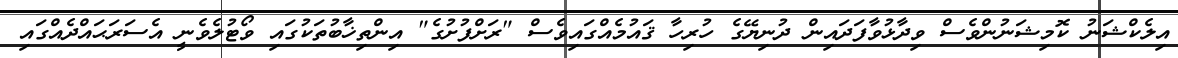
އިލެކްޝަނު ކޮމިޝަނުންވެސް ވިދާޅުވާފަދައިން ދުނިޔޭގެ ހުރިހާ ޤައުމެއްގައިވެސް "ރަށްފުށުގެ" އިންތިޚާބުތަކުގައި ވޯޓުލެވެނީ އެސަރަޙައްދެއްގައި